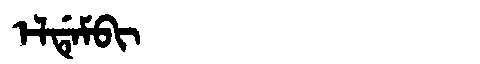
Manchu: ᡝᠯᡩᡝᠮᠪᡳ
Romanization: ELDEMBI